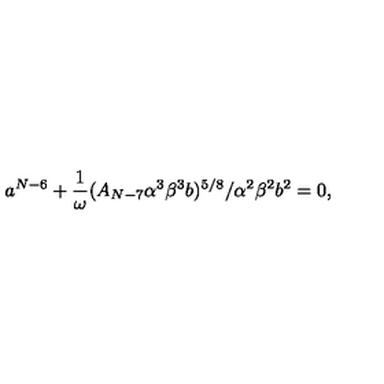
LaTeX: a ^ { N - 6 } + \frac { 1 } { \omega } ( A _ { N - 7 } \alpha ^ { 3 } \beta ^ { 3 } b ) ^ { 5 / 8 } / \alpha ^ { 2 } \beta ^ { 2 } b ^ { 2 } = 0 ,